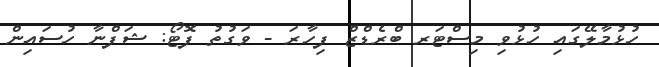
ހުޅުމާލޭގައި ހުޅުވި މިސްޓަރ ބްރެޑްޒް ފިހާރަ - ވަގުތު ފޮޓޯ: ޝަފްނާ ހުސައިން